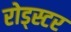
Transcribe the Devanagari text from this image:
रोड्स्टर